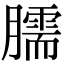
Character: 臑